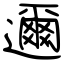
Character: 邇